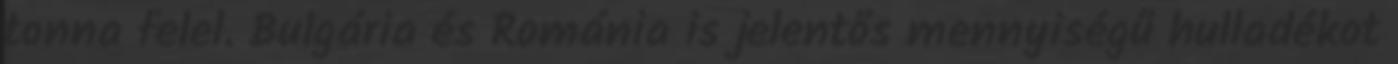
tonna felel. Bulgária és Románia is jelentős mennyiségű hulladékot